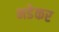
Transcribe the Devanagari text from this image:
भडेकर